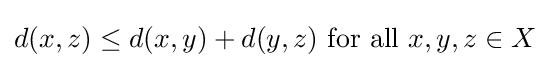
d(x,z)\leq d(x,y)+d(y,z){\text{ for all }}x,y,z\in X